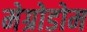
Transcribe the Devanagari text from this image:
मेग्रोडोम